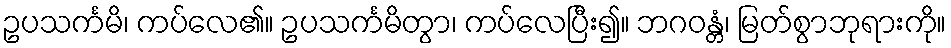
ဥပသင်္ကမိ၊ ကပ်လေ၏။ ဥပသင်္ကမိတွာ၊ ကပ်လေပြီး၍။ ဘဂဝန္တံ၊ မြတ်စွာဘုရားကို။